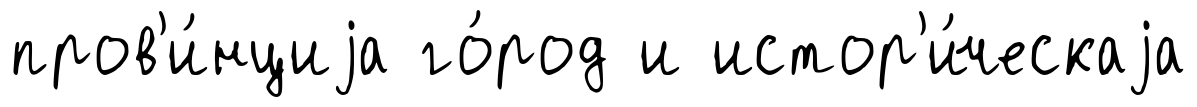
пров'и́нциjа го́род и истор'и́ческаjа